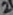
Text: 2